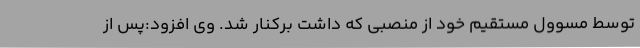
توسط مسوول مستقیم خود از منصبی که داشت برکنار شد. وی افزود:‌پس از